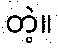
တဲ့။